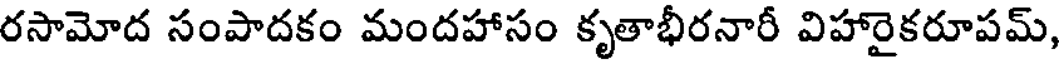
రసామోద సంపాదకం మందహాసం కృతాభీరనారీ విహారైకరూపమ్,